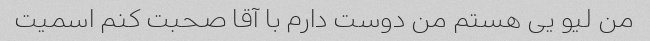
من لیو یی هستم من دوست دارم با آقا صحبت کنم اسمیت